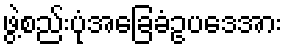
ဖွဲ့စည်းပုံအခြေခံဥပဒေအား